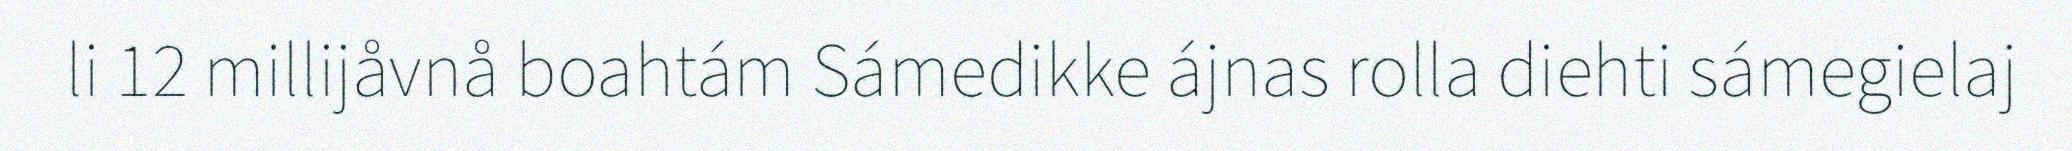
li 12 millijåvnå boahtám Sámedikke ájnas rolla diehti sámegielaj